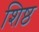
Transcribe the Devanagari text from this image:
शिष्ठ